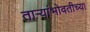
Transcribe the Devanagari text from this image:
ताऱ्यांभोवतीच्या